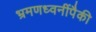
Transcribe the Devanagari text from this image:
भ्रमणध्वनींपैकी